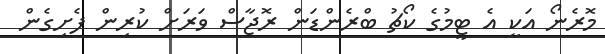
މޮރެނޯ އަކީ އެ ޓީމުގެ ކޯޗު ބްރެންޑަން ރޮޖާސް ވަރަށް ކުރިން ފެށިގެން